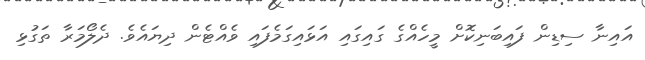
އައިނާ ސިޑިން ފައިބަނިކޮށް މީހެއްގެ ގައިގައި އަޅައިގަމެފައި ވެއްޓެން ދިޔައެވެ. ދެލޯމަރާ ތަގުޅި